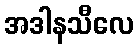
အဒါနသီလေ